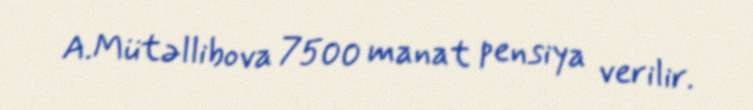
A.Mütəllibova 7500 manat pensiya verilir.